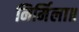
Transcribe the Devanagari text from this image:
निर्मिला॥